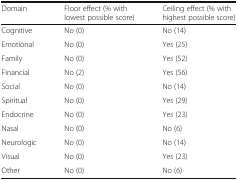
<table><thead><tr><td><b>Domain</b></td><td><b>Floor effect (% with lowest possible score)</b></td><td><b>Ceiling effect (% with highest possible score)</b></td></tr></thead><tbody><tr><td>Cognitive</td><td>No (0)</td><td>No (14)</td></tr><tr><td>Emotional</td><td>No (0)</td><td>Yes (25)</td></tr><tr><td>Family</td><td>No (0)</td><td>Yes (52)</td></tr><tr><td>Financial</td><td>No (2)</td><td>Yes (56)</td></tr><tr><td>Social</td><td>No (0)</td><td>No (14)</td></tr><tr><td>Spiritual</td><td>No (0)</td><td>Yes (29)</td></tr><tr><td>Endocrine</td><td>No (0)</td><td>Yes (23)</td></tr><tr><td>Nasal</td><td>No (0)</td><td>No (6)</td></tr><tr><td>Neurologic</td><td>No (0)</td><td>No (14)</td></tr><tr><td>Visual</td><td>No (0)</td><td>Yes (23)</td></tr><tr><td>Other</td><td>No (0)</td><td>No (6)</td></tr></tbody></table>